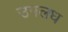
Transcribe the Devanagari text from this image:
उपलध